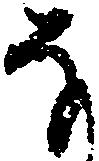
な